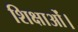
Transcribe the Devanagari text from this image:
शिक्षाओं।